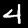
Label: 4